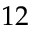
1 2